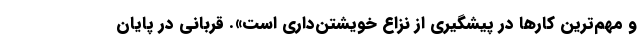
و مهم‌ترین کارها در پیشگیری از نزاع خویشتن‌داری است». قربانی در پایان